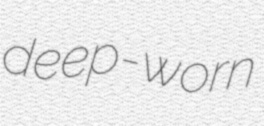
deep-worn